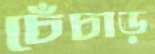
চেঁচাড়